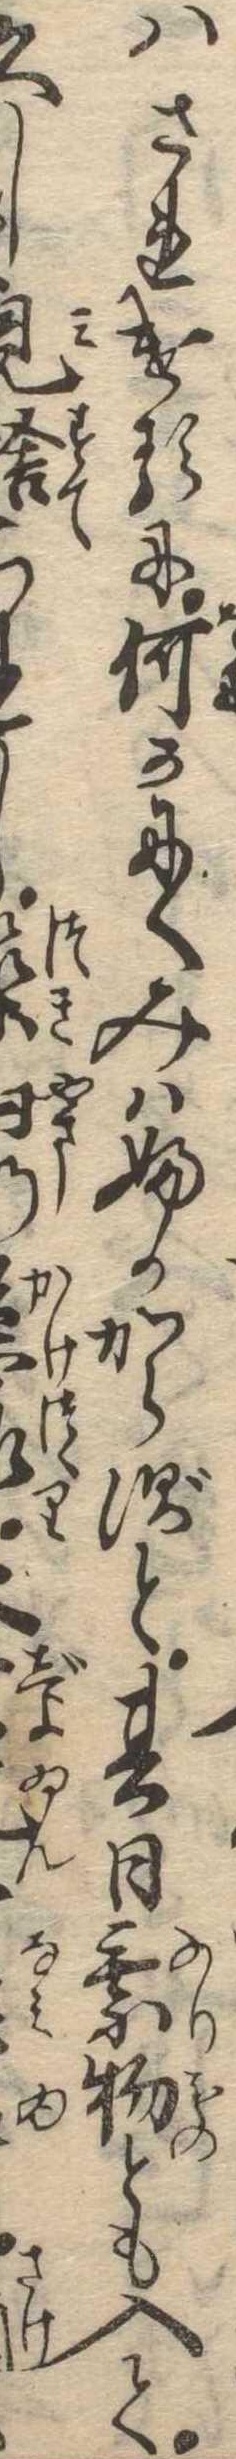
はされけるに何かにくみはふかからずと其日乗物とも入て久し見捨られ